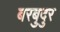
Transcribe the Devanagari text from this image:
बरबुदुर